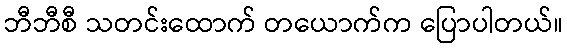
ဘီဘီစီ သတင်းထောက် တယောက်က ပြောပါတယ်။